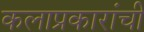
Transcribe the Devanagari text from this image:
कलाप्रकारांची